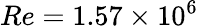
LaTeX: Re=1.57\times 10^{6}